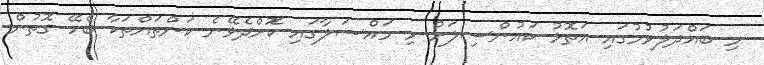
މި ބައްދަލުވުމުގައި އަތޮޅު ކައުންސިލަށް މި މައްސަލާގައި ކޮށްދެވޭނެ ކަންތައްތަކާ ބެހޭ ގޮތުން